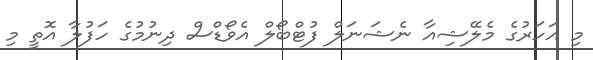
މި އަހަރުގެ މެލޭޝިއާ ނެޝަނަލް ފުޓްބޯލް އެވޯޑްސް ދިނުމުގެ ހަފުލާ އޮތީ މި